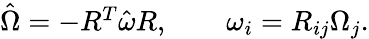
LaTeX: \begin{array}{r}{\hat{\Omega}=-R^{T}\hat{\omega}R,\qquad\omega_{i}=R_{ij}\Omega_{j}.}\end{array}